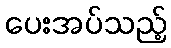
ပေးအပ်သည့်